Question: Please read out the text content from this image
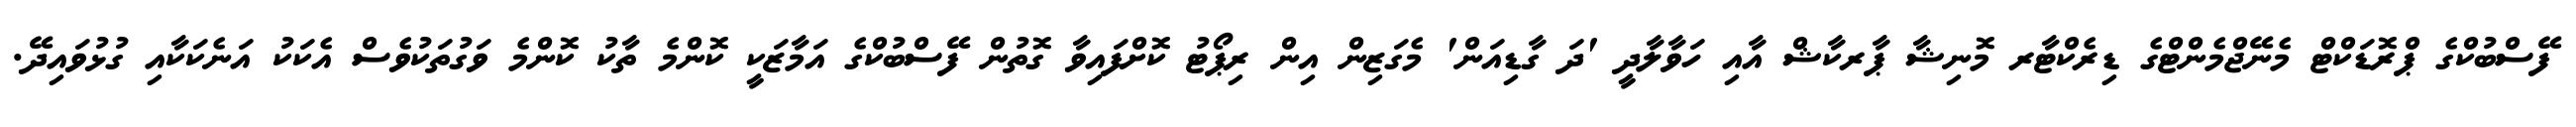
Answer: ފޭސްބުކްގެ ޕްރޮޑަކްޓް މެނޭޖްމެންޓްގެ ޑިރެކްޓާރ މޮނިޝާ ޕާރކާޝް އާއި ހަވާލާދީ 'ދަ ގާޑިއަން' މެގަޒިން އިން ރިޕޯޓު ކޮށްފައިވާ ގޮތުން ފޭސްބުކްގެ އަމާޒަކީ ކޮންމެ ތާކު ކޮންމެ ވަގުތަކުވެސް އެކަކު އަނެކަކާއި ގުޅުވައިދޭ.